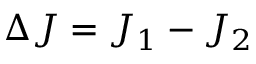
\Delta J = J _ { 1 } - J _ { 2 }